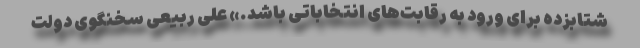
شتابزده برای ورود به رقابت‌های انتخاباتی باشد.» علی ربیعی سخنگوی دولت